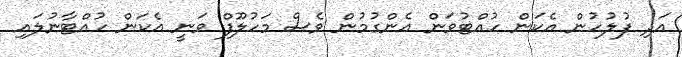
އަދި ފުލުހުން އެކަން ހުއްޓުވަން އެންގުުމުން ވެސް މަހުލޫފް ވަނީ އެކަން ހުއްޓާނުލައި